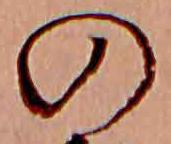
の